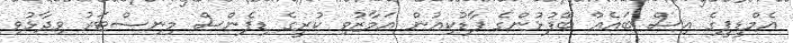
އެމްޑީޕީގެ އިސް ބައެއް ބޭފުޅުންގެ ފާޑުކިއުން އަމާޒުވި ކުރީގެ ޑިފެންސް މިނިސްޓަރު ވިދާޅުވި